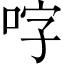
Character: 𭇬